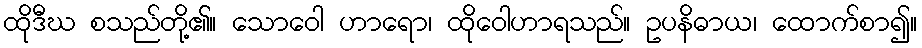
ထိုဒီဃ စသည်တို့၏။ သောဝေါ ဟာရော၊ ထိုဝေါဟာရသည်။ ဥပနိဓာယ၊ ထောက်စာ၍။